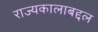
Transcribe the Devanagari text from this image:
राज्यकालाबद्दल